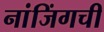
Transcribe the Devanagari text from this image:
नांजिंगची